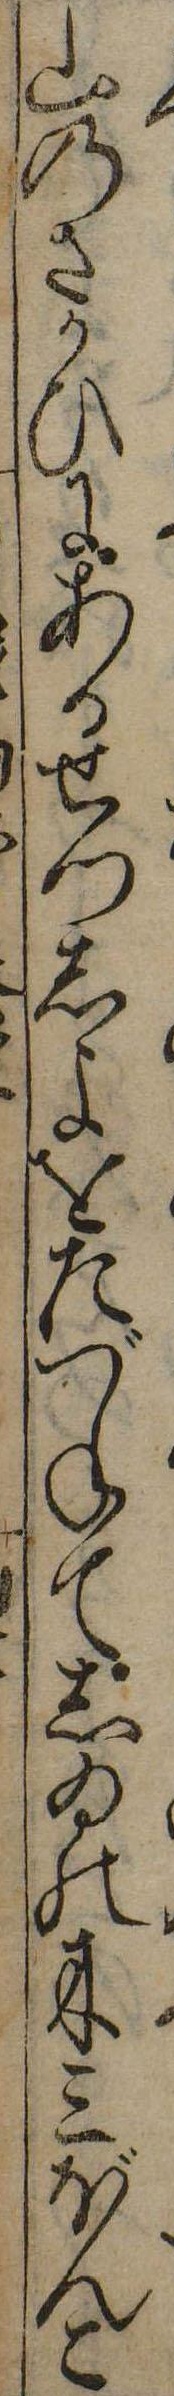
山のさかひにあるせつしよをたづねてしゐの木三ぼんこ